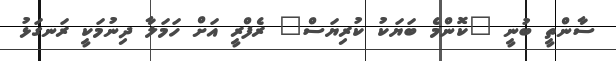
ސާންތީ ބުނީ "ކޮންމެ ބަޔަކު ކުރިޔަސް" ރެފްރީ އަށް ހަމަލާ ދިނުމަކީ ރަނގަޅު